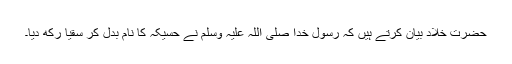
حضرت خَلَّادْ بیان کرتے ہیں کہ رسول خدا صلی اللہ علیہ وسلم نے حُسَیْکَہ کا نام بدل کر سُقْیَا رکھ دیا۔